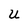
Character: u